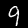
Label: 9